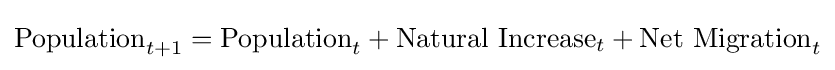
{\text{Population}}_{t+1}={\text{Population}}_{t}+{\text{Natural Increase}}_{t}+{\text{Net Migration}}_{t}